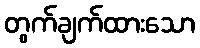
တွက်ချက်ထားသော